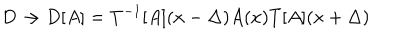
LaTeX: D \rightarrow D [ A ] = T ^ { - 1 } [ A ] ( x - \Delta ) A ( x ) T [ A ] ( x + \Delta )